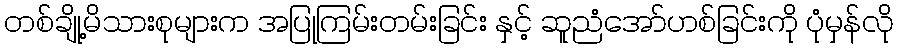
တစ်ချို့မိသားစုများက အပြုကြမ်းတမ်းခြင်း နှင့် ဆူညံအော်ဟစ်ခြင်းကို ပုံမှန်လို